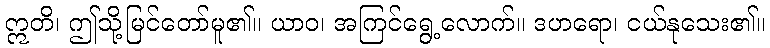
ဣတိ၊ ဤသို့မြင်တော်မူ၏။ ယာဝ၊ အကြင်ရွေ့လောက်။ ဒဟရော၊ ငယ်နုသေး၏။